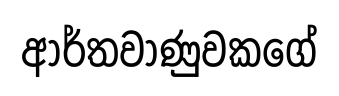
ආර්තවාණුවකගේ